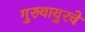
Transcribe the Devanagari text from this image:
गुरुवायुरचे